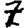
Digit: 7